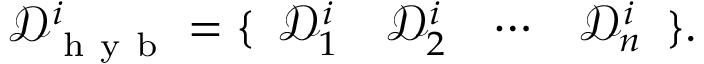
\mathcal { D } _ { \mathrm { ~ h ~ y ~ b ~ } } ^ { i } = \{ \begin{array} { c c c c } { \mathcal { D } _ { 1 } ^ { i } } & { \mathcal { D } _ { 2 } ^ { i } } & { \cdots } & { \mathcal { D } _ { n } ^ { i } } \end{array} \} .